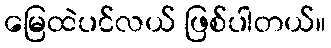
မြေထဲပင်လယ် ဖြစ်ပါတယ်။